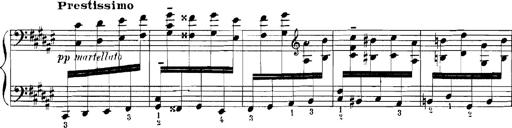
Title: Rhapsodies hongroises
Composer: Franz Liszt